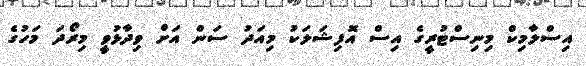
އިސްލާމިކް މިނިސްޓުރީގެ އިސް އޮފިޝަލަކު މިއަދު ސަން އަށް ވިދާޅުވީ މިރޯދަ މަހުގެ